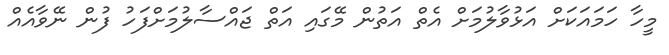
މީހާ ހަމައަކަށް އަޅުވާލުމަށް އެތް އަތުން މޭގައި އަތް ޖައްސާލުމަށްފަހު ފުން ނޭވާއެއް